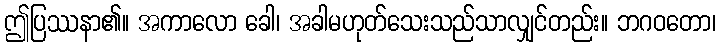
ဤပြဿနာ၏။ အကာလော ခေါ၊ အခါမဟုတ်သေးသည်သာလျှင်တည်း။ ဘဂဝတော၊